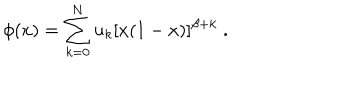
\phi ( x ) = \sum _ { k = 0 } ^ { N } u _ { k } [ x ( 1 - x ) ] ^ { \beta + k } \; .